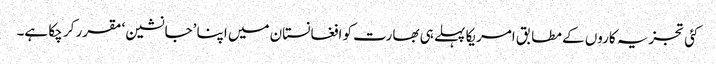
کئی تجزیہ کاروں کے مطابق امریکا پہلے ہی بھارت کو افغانستان میں اپنا ’جانشین‘ مقرر کر چکا ہے۔